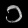
Digit: ၁